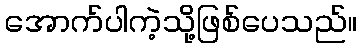
အောက်ပါကဲ့သို့ဖြစ်ပေသည်။